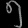
Digit: ၅